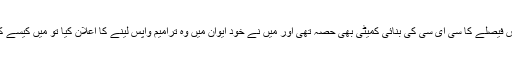
باقی آرمی ایکٹ پر پی پی پی نے جو فیصلہ لیا وہ سب کا اجتماعی فیصلہ تھا اور اس فیصلے کا سی ای سی کی بنائی کمیٹی بھی حصّہ تھی اور میں نے خود ایوان میں وہ ترامیم واپس لینے کا اعلان کیا تو میں کیسے کہہ سکتا ہوں کہ مجھے اعتماد میں لیے بغیر پارٹی قیادت نے یہ فیصلہ کردیا ہوگا۔